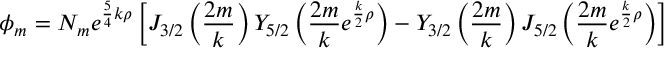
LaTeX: \phi _ { m } = N _ { m } e ^ { { \frac { 5 } { 4 } } k \rho } \left[ J _ { 3 / 2 } \left( { \frac { 2 m } { k } } \right) Y _ { 5 / 2 } \left( { \frac { 2 m } { k } } e ^ { { \frac { k } { 2 } } \rho } \right) - Y _ { 3 / 2 } \left( { \frac { 2 m } { k } } \right) J _ { 5 / 2 } \left( { \frac { 2 m } { k } } e ^ { { \frac { k } { 2 } } \rho } \right) \right]